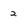
Character: 2